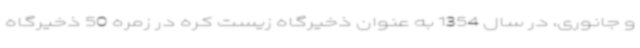
و جانوری، در سال 1354 به عنوان ذخیرگاه زیست کره در زمره 50 ذخیرگاه